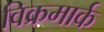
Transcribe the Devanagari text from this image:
विक्रमार्क